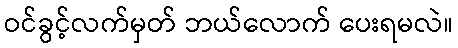
ဝင်ခွင့်လက်မှတ် ဘယ်လောက် ပေးရမလဲ။